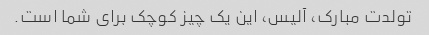
تولدت مبارک، آلیس، این یک چیز کوچک برای شما است.